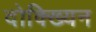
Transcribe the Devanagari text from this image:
दोक्ख्यिन